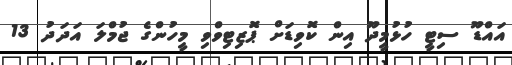
އައްޑޫ ސިޓީ ހުޅުމީދޫ އިން ކޮވިޑަށް ޕޮޒިޓިވްވި މީހުންގެ ޖުމްލަ އަދަދު 13